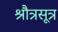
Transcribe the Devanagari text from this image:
श्रौत्रसूत्र